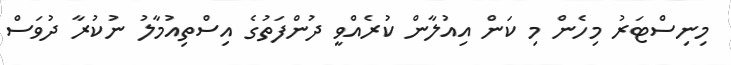
މިނިސްޓަރު މިހެން މި ކަން އިއުލާން ކުރެއްވީ ދުންފަތުގެ އިސްތިއުމާލު ނުކުރާ ދުވަސް